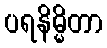
ပရနိမ္မိတာ